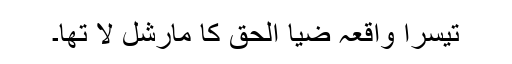
تیسرا واقعہ ضیا الحق کا مارشل لا تھا۔